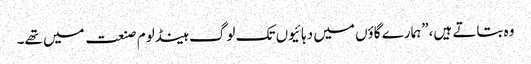
وہ بتاتے ہیں،”ہمارے گاؤں میں دہائیوں تک لوگ ہینڈلوم صنعت میں تھے۔